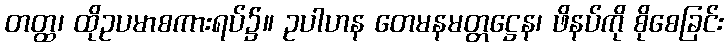
တတ္ထ၊ ထိုဥပမာစကားရပ်၌။ ဥပါဟန တေမနမတ္တဋ္ဌေန၊ ဖိနပ်ကို စိုစေခြင်း